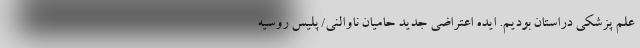
علم پزشکی دراستان بودیم. ایده اعتراضی جدید حامیان ناوالنی/ پلیس روسیه